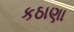
કઠાણા